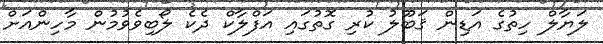
ލަޔާލް ހިތުގެ އަޑިން ޤަބޫލު ކުރި ގޮތުގައި އަފްލާކް ދެކެ ލޯބިވެވުމުން މާހިންއަށް